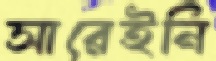
সারেইনি